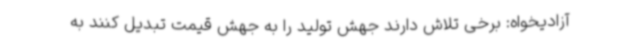
آزادیخواه: برخی تلاش دارند جهش تولید را به جهش قیمت تبدیل کنند به